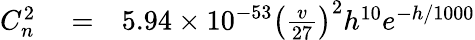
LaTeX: \begin{array}{rlr}{C_{n}^{2}}&{{}=}&{5.94\times 10^{-53}\left(\frac{v}{27}\right)^{2}h^{10}e^{-h/1000}}\end{array}